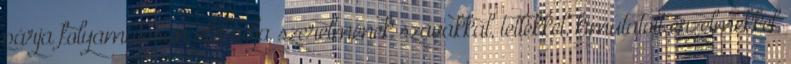
párja folyamatosan jelét adja szerelmének szavakkal, tettekkel, kimutatott érzelmekkel,